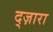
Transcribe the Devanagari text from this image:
द्ज़ारा